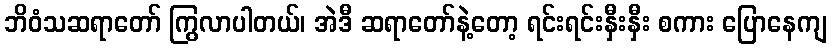
ဘိဝံသဆရာတော် ကြွလာပါတယ်၊ အဲဒီ ဆရာတော်နဲ့တော့ ရင်းရင်းနှီးနှီး စကား ပြောနေကျ